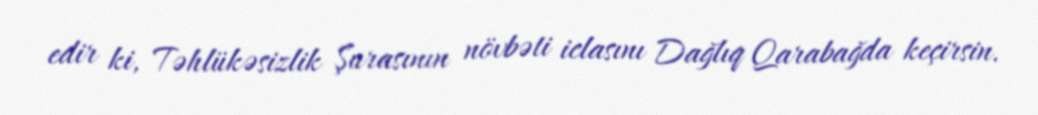
edir ki, Təhlükəsizlik Şurasının növbəti iclasını Dağlıq Qarabağda keçirsin.